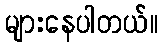
များနေပါတယ်။